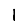
Digit: 1